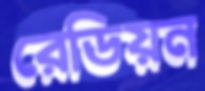
রেডিয়ন